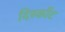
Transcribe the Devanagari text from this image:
दिस्कौंट